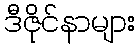
ဒီဇိုင်နာများ